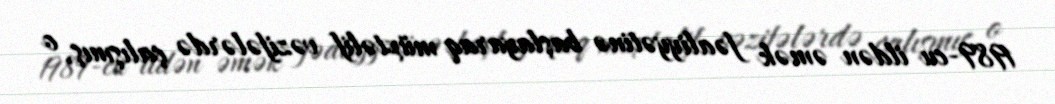
1989-cu ildən əmək fəaliyyətinə başlayaraq müxtəlif vəzifələrdə çalışmış, o